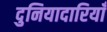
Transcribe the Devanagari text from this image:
दुनियादारियाँ